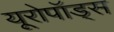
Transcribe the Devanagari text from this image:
यूरोपॉड्स